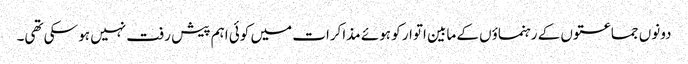
دونوں جماعتوں کے رہنماؤں کے مابین اتوار کو ہوئے مذاکرات میں کوئی اہم پیش رفت نہیں ہو سکی تھی۔